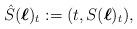
LaTeX: \begin{align*}\hat{S}(\boldsymbol{\ell})_t:=(t,S(\boldsymbol{\ell})_t),\end{align*}